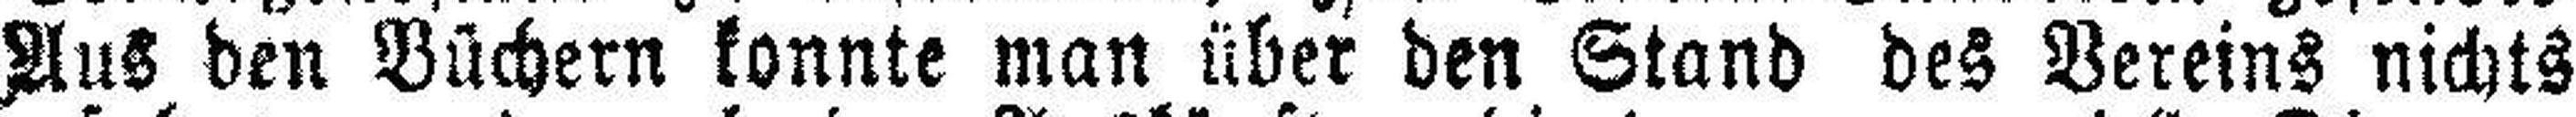
Aus den Büchern konnte man über den Stand des Vereins nichts